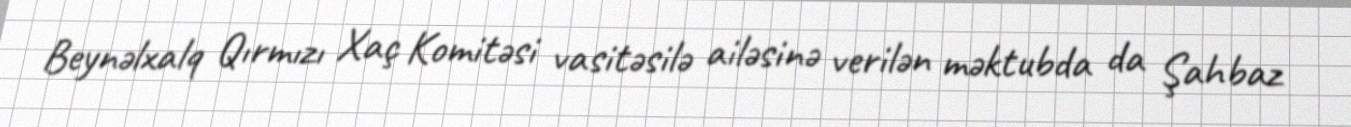
Beynəlxalq Qırmızı Xaç Komitəsi vasitəsilə ailəsinə verilən məktubda da Şahbaz